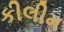
કીલીમ